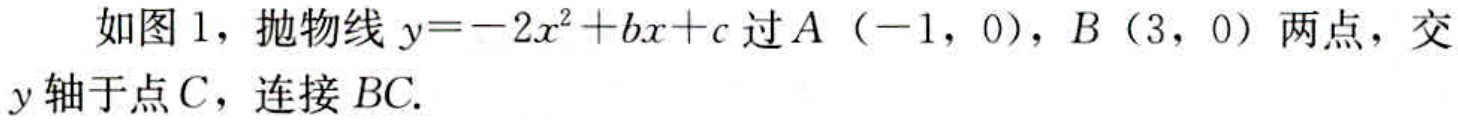
如图 1，抛物线 \(y = - 2x^{2}+bx + c\) 过 \(A(-1,0)\)，\(B(3,0)\) 两点，交 \(y\) 轴于点 \(C\)，连接 \(BC\).